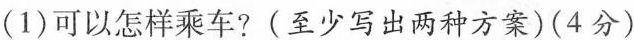
(1)可以怎样乘车?(至少写出两种方案)(4分)